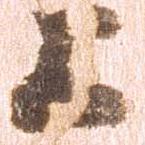
上